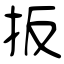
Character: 扳